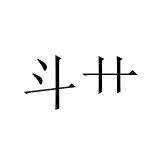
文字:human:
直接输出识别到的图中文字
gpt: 斗艹